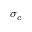
\sigma _ { c }